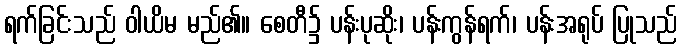
ရက်ခြင်းသည် ဝါယိမ မည်၏။ စေတီ၌ ပန်းပုဆိုး၊ ပန်းကွန်ရက်၊ ပန်းအရုပ် ပြုသည်